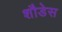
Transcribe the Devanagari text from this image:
शौडेस